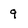
Character: g